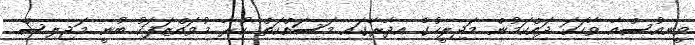
ވީނިއުސްއާ ވާހަކަ ދައްކަމުން މަޖިލީހުގެ އިދާރާގައި މަސައްކަތް ކުރާ މުވައްޒަފަކު ބުނީ މަޖިލިސް